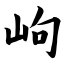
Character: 岣